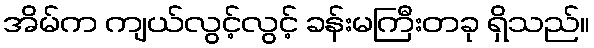
အိမ်က ကျယ်လွင့်လွင့် ခန်းမကြီးတခု ရှိသည်။